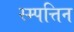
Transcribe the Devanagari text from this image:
स्म्पत्तिन